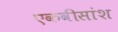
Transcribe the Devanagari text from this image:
एकवीसांश